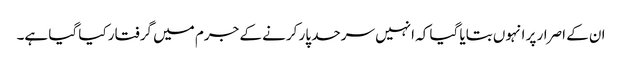
ان کے اصرار پر انہوں بتایا گیا کہ انہیں سرحد پار کرنے کے جرم میں گرفتار کیا گیا ہے۔